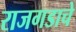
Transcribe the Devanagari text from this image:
राजगडाचे